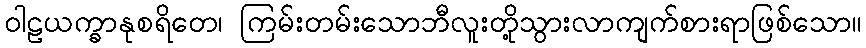
ဝါဠယက္ခာနုစရိတေ၊ ကြမ်းတမ်းသောဘီလူးတို့သွားလာကျက်စားရာဖြစ်သော။